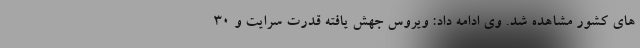
های کشور مشاهده شد. وی ادامه داد: ویروس جهش یافته قدرت سرایت و ٣٠